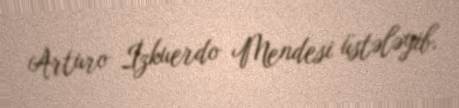
Arturo İzkuerdo Mendesi üstələyib.